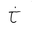
Letter: _kha